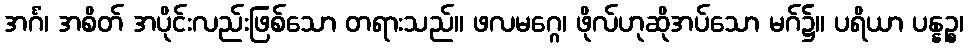
အင်္ဂံ၊ အစိတ် အပိုင်းလည်းဖြစ်သော တရားသည်။ ဖလမဂ္ဂေ၊ ဖိုလ်ဟုဆိုအပ်သော မဂ်၌။ ပရိယာ ပန္နဉ္စ၊